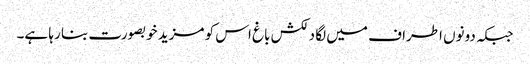
جبکہ دونوں اطراف میں لگا دلکش باغ اس کو مزید خوبصورت بنا رہا ہے۔